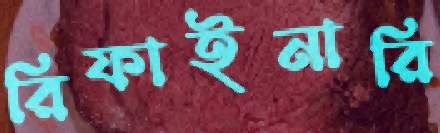
রিফাইনারি